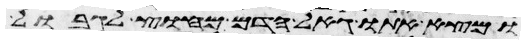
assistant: ומצא אתו גאל הדם מחוץ לגבול